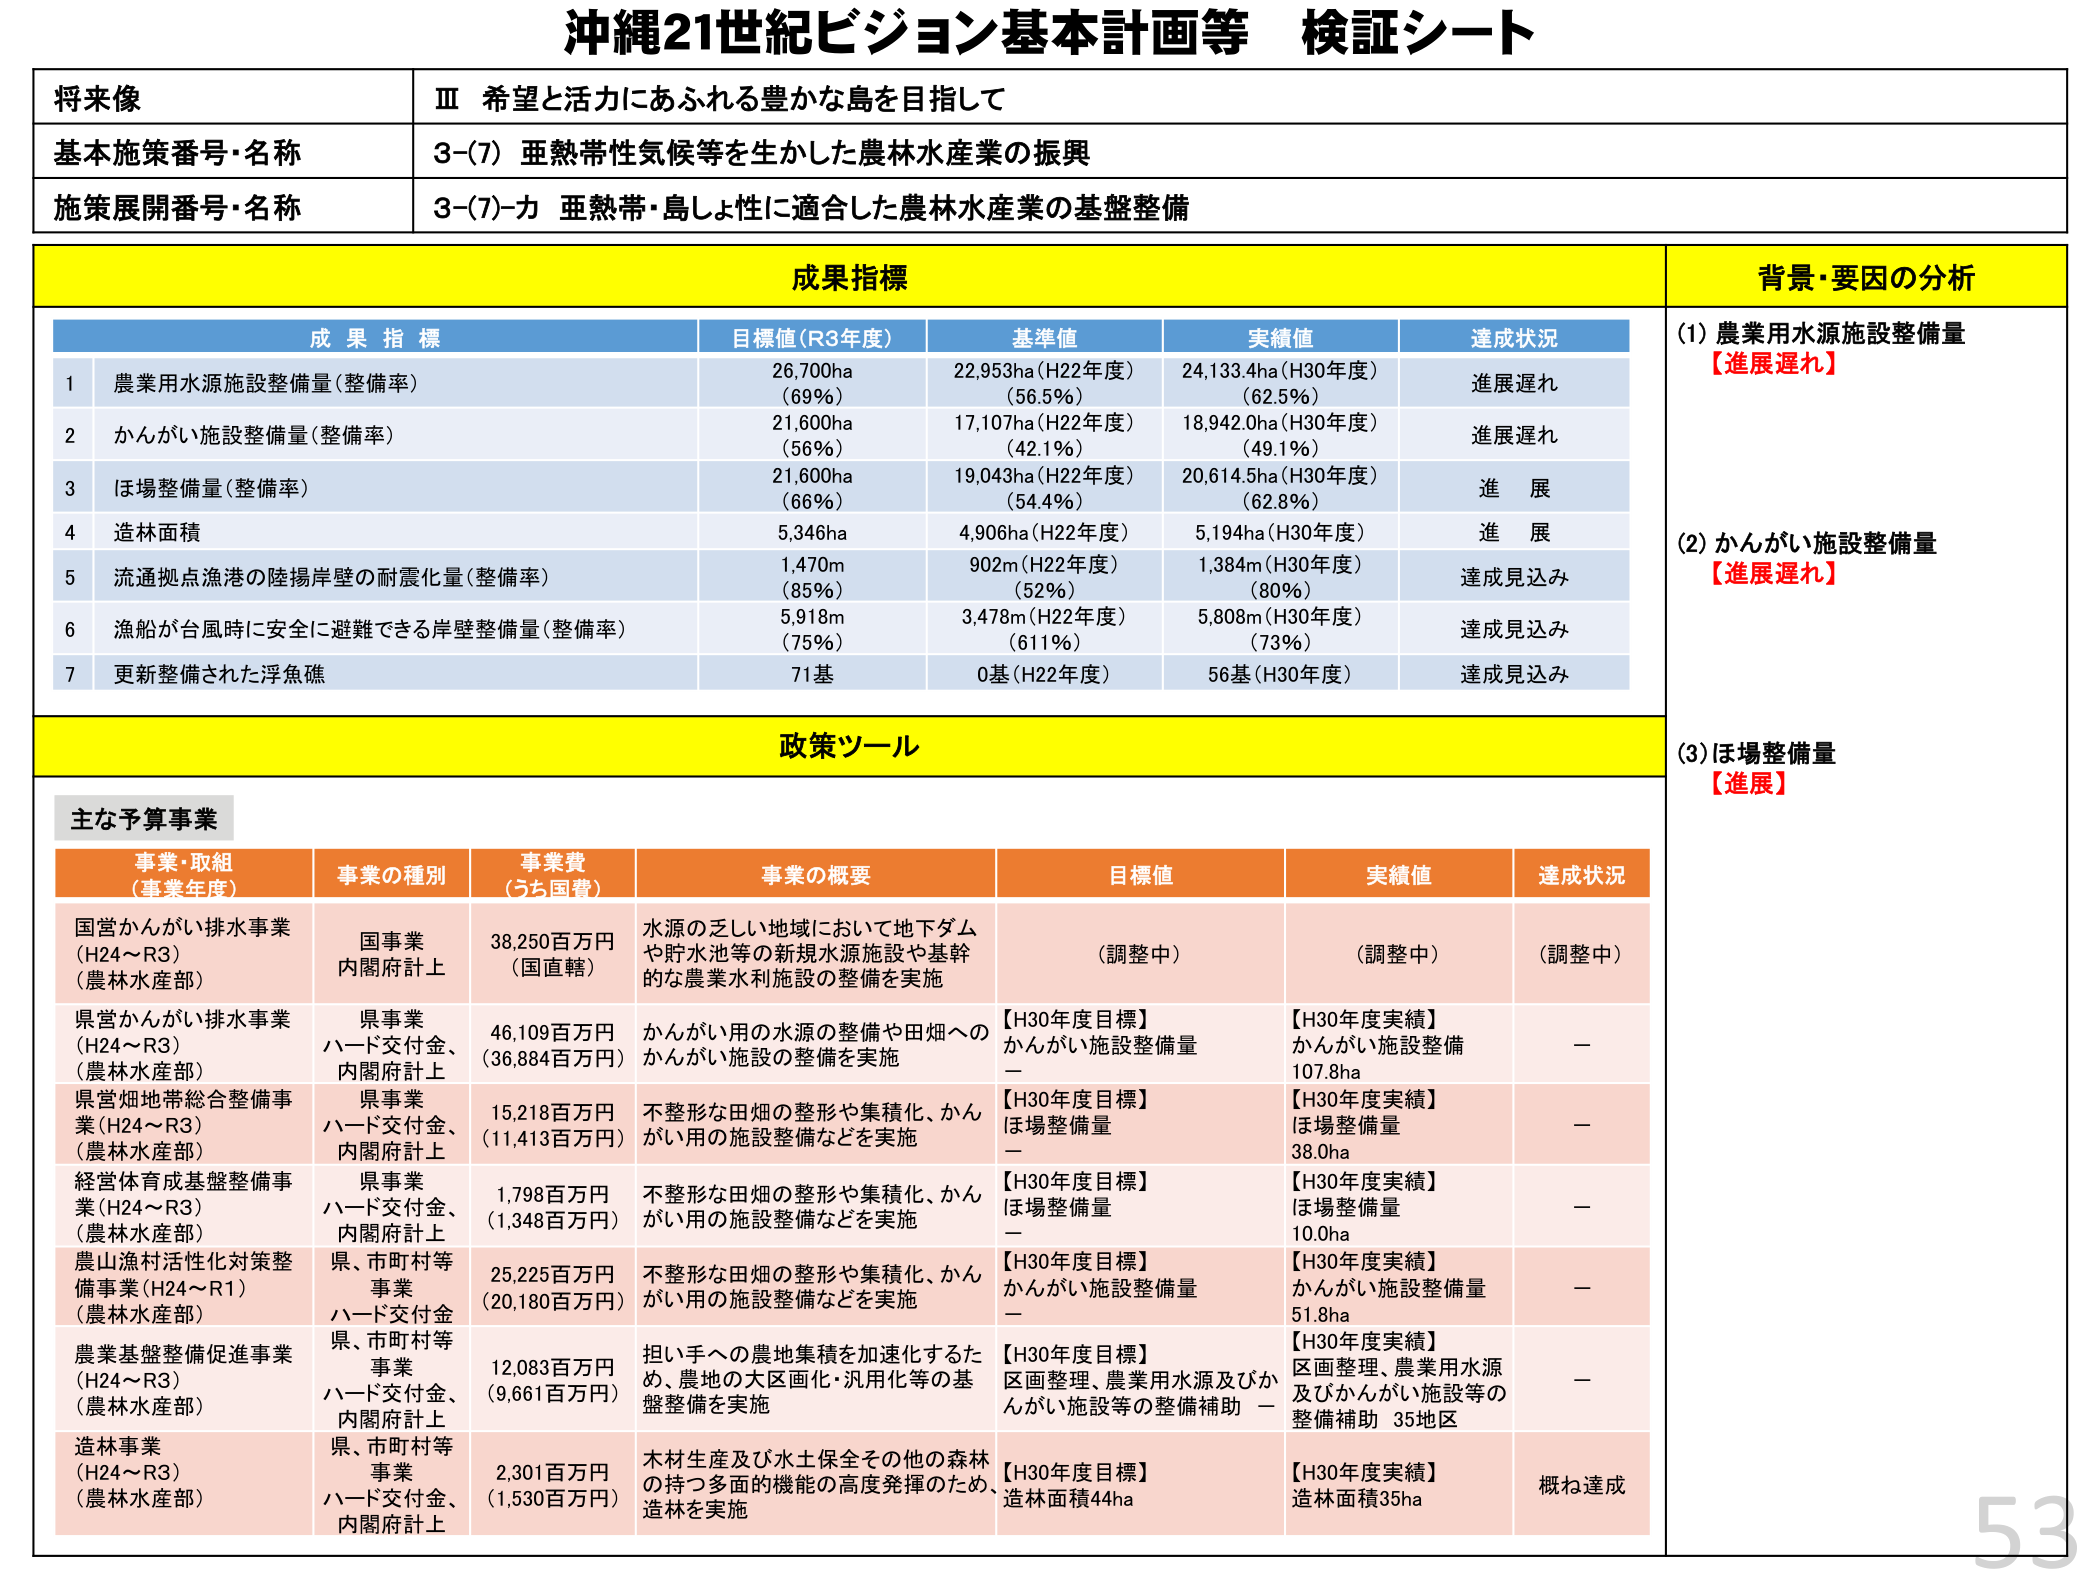
沖縄21世紀ビジョン基本計画等 検証シート

将来像
Ⅲ 希望と活力にあふれる豊かな島を目指して

基本施策番号・名称
3-(7) 亜熱帯性気候等を生かした農林水産業の振興

施策展開番号・名称
3-(7)-カ 亜熱帯・島しょ性に適合した農林水産業の基盤整備

成果指標

成果指標
目標値（R3年度）
基準値
実績値
達成状況

1 農業用水源施設整備量（整備率）
26,700ha（69%）
22,953ha（H22年度）（56.5%）
24,133.4ha（H30年度）（62.5%）
進展遅れ

2 かんがい施設整備量（整備率）
21,600ha（56%）
17,107ha（H22年度）（42.1%）
18,942.0ha（H30年度）（49.1%）
進展遅れ

3 ほ場整備量（整備率）
21,600ha（66%）
19,043ha（H22年度）（54.4%）
20,614.5ha（H30年度）（62.8%）
進展

4 造林面積
5,346ha
4,906ha（H22年度）
5,194ha（H30年度）
進展

5 流通拠点漁港の陸揚岸壁の耐震化量（整備率）
1,470m（85%）
902m（H22年度）（52%）
1,384m（H30年度）（80%）
達成見込み

6 漁船が台風時に安全に避難できる岸壁整備量（整備率）
5,918m（75%）
3,478m（H22年度）（61.1%）
5,808m（H30年度）（73%）
達成見込み

7 更新整備された浮魚礁
71基
0基（H22年度）
56基（H30年度）
達成見込み

背景・要因の分析

(1) 農業用水源施設整備量
【進展遅れ】

(2) かんがい施設整備量
【進展遅れ】

(3) ほ場整備量
【進展】

政策ツール

主な予算事業

事業・取組（事業年度）
事業の種別
事業費（うち国費）
事業の概要
目標値
実績値
達成状況

国営かんがい排水事業（H24～R3）（農林水産部）
国事業 内閣府計上
38,250百万円（国直轄）
水源の乏しい地域において地下ダムや貯水池等の新規水源施設や基幹的な農業水利施設の整備を実施
（調整中）
（調整中）
（調整中）

県営かんがい排水事業（H24～R3）（農林水産部）
県事業 ハード交付金、内閣府計上
46,109百万円（36,884百万円）
かんがい用の水源の整備や田畑へのかんがい施設の整備を実施
【H30年度目標】かんがい施設整備量 －
【H30年度実績】かんがい施設整備 107.8ha
－

県営畑地帯総合整備事業（H24～R3）（農林水産部）
県事業 ハード交付金、内閣府計上
15,218百万円（11,413百万円）
不整形な田畑の整形や集積化、かんがい用の施設整備などを実施
【H30年度目標】ほ場整備量 －
【H30年度実績】ほ場整備量 38.0ha
－

経営体育成基盤整備事業（H24～R3）（農林水産部）
県事業 ハード交付金、内閣府計上
1,798百万円（1,348百万円）
不整形な田畑の整形や集積化、かんがい用の施設整備などを実施
【H30年度目標】ほ場整備量 －
【H30年度実績】ほ場整備量 10.0ha
－

農山漁村活性化対策整備事業（H24～R1）（農林水産部）
県、市町村等事業 ハード交付金
25,225百万円（20,180百万円）
不整形な田畑の整形や集積化、かんがい用の施設整備などを実施
【H30年度目標】かんがい施設整備量 －
【H30年度実績】かんがい施設整備量 51.8ha
－

農業基盤整備促進事業（H24～R3）（農林水産部）
県、市町村等事業 ハード交付金、内閣府計上
12,083百万円（9,661百万円）
担い手への農地集積を加速化するため、農地の大区画化・汎用化等の基盤整備を実施
【H30年度目標】区画整理、農業用水源及びかんがい施設等の整備補助 －
【H30年度実績】区画整理、農業用水源及びかんがい施設等の整備補助 35地区
－

造林事業（H24～R3）（農林水産部）
県、市町村等事業 ハード交付金、内閣府計上
2,301百万円（1,530百万円）
木材生産及び水土保全その他の森林の持つ多面的機能の高度発揮のため、造林を実施
【H30年度目標】造林面積44ha
【H30年度実績】造林面積35ha
概ね達成

53